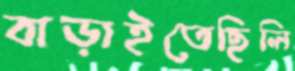
বাড়াইতেছিলি